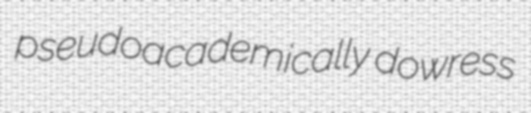
pseudoacademically dowress